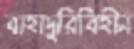
বাহাদুরিবিহীন